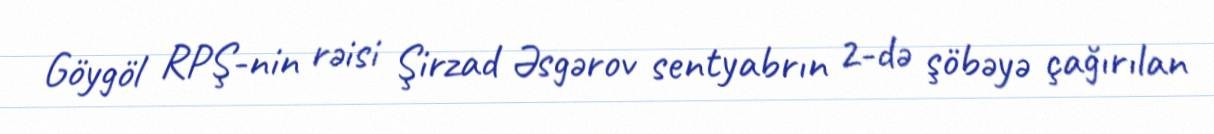
Göygöl RPŞ-nin rəisi Şirzad Əsgərov sentyabrın 2-də şöbəyə çağırılan